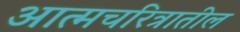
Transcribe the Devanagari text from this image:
आत्मचरित्रातील